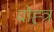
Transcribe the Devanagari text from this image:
दोह्त्र